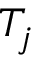
T _ { j }